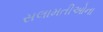
સલામતીઓના